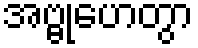
အဗ္ဗုဟေတွာ